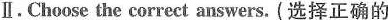
Ⅱ.Choose the correct answers.(选择正确的